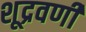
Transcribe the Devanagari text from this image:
शूद्रवर्णी